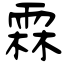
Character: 霖